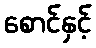
စောင်နှင့်